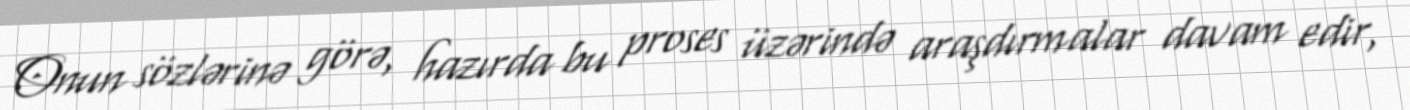
Onun sözlərinə görə, hazırda bu proses üzərində araşdırmalar davam edir,